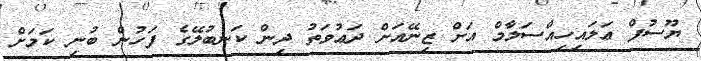
ޔޫސުފް ޢަލައިހިއްސަލާމް އަށް ޒިނޭއަށް ދަޢުވަތު ދިން ކަނބުލޭގެ ފަހުން ބުނި ކަމަށް